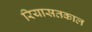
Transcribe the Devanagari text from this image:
रियासतकाल